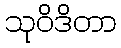
သုဝိဒိတာ